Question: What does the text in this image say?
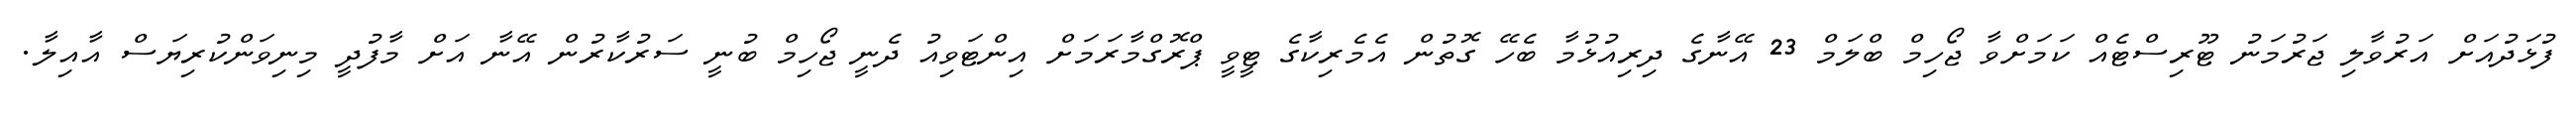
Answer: ފުޅަދުއަށް އަރުވާލި ޖަރުމަނު ޓޫރިސްޓެއް ކަމަށްވާ ޖޯހިމް ބްލަމް 23 އޭނާގެ ދިރިއުޅުމާ ބެހޭ ގޮތުން އެމެރިކާގެ ޓީވީ ޕްރޮގްމާރަމަށް އިންޓަވިއު ދެނީ ޖޯހިމް ބުނީ ސަރުކާރުން އޭނާ އަށް މާފުދީ މިނިވަންކުރިޔަސް އާއިލާ.